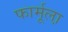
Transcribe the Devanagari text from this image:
फार्मूला़